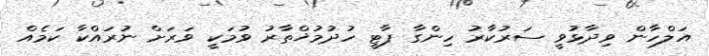
އަލްހާން ވިދާޅުވީ ސަރުކާރު ހިންގާ ޕާޓީ ހުދުމުޚްތާރު ވުމަކީ ވަރަށް ނުރައްކާ ކަމެއް